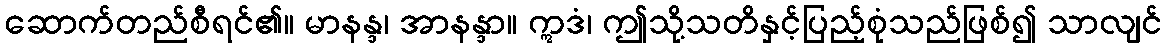
ဆောက်တည်စီရင်၏။ မာနန္ဒ၊ အာနန္ဒာ။ ဣဒံ၊ ဤသို့သတိနှင့်ပြည့်စုံသည်ဖြစ်၍ သာလျင်